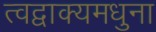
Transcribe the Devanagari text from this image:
त्वद्वाक्यमधुना